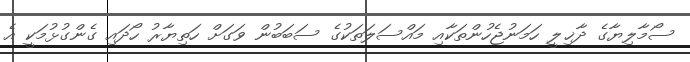
ސޯމާލިޔާގެ ދާޚިލީ ހަމަނުޖެހުންތަކާއި މައްސަލަތަކުގެ ސަބަބުން ވަގަށް ހަތިޔާރު ހޯދައި ގެންގުޅުމަކީ އެ